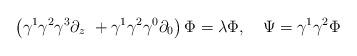
LaTeX: \begin{align*}\left( \gamma ^1\gamma ^2\gamma ^3\partial _z\ +\gamma^1\gamma^2\gamma ^0\partial _0\right) \Phi =\lambda \Phi ,\quad \Psi =\gamma^1\gamma ^2\Phi\end{align*}